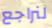
لنراجع